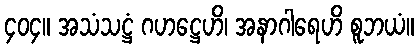
၄၀၄။ အသံသဋ္ဌံ ဂဟဋ္ဌေဟိ၊ အနာဂါရေဟိ စူဘယံ။